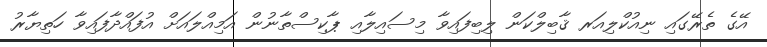
އޭގެ ތެރޭގައި ނިއުކްލިއަރ ޤާބިލްކަން ލިބިފައިވާ މިސައިލާއި ޕާކިސްތާނުން އަމިއްލައަށް އުފައްދާފައިވާ ހަތިޔާރު